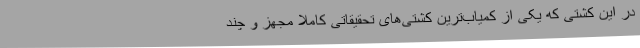
در این کشتی که یکی از کمیاب‌ترین کشتی‌های تحقیقاتی کاملاً مجهز و چند